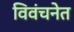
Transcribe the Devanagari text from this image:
विवंचनेत